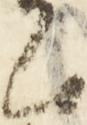
候